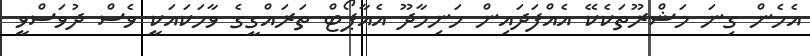
އެހެން ގިނަ މަޝްރޫތަކެކޭ އެއްފަދައިން ހަނިމާދޫ އެއާޕޯޓް ތަރައްގީގެ ވާހަކައަކީ ވެސް ދުވަސްވީ